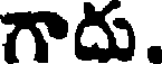
గాదు.